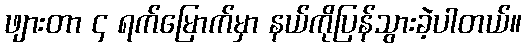
ဖျားတာ ၄ ရက်မြောက်မှာ နယ်ကိုပြန်သွားခဲ့ပါတယ်။